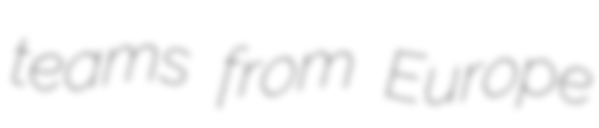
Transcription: teams from Europe